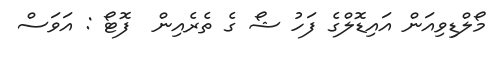
މޯލްޑިވިއަން އައިޑޮލްގެ ފަހު ޝޯ ގެ ތެރެއިން  ފޮޓޯ : އަވަސް